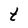
Character: t